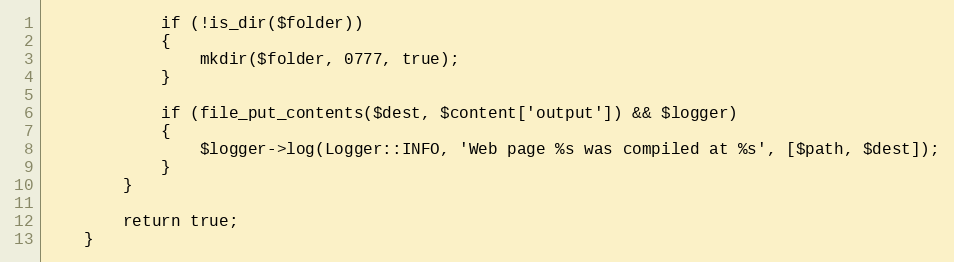
Language: PHP
            if (!is_dir($folder))
            {
                mkdir($folder, 0777, true);
            }

            if (file_put_contents($dest, $content['output']) && $logger)
            {
                $logger->log(Logger::INFO, 'Web page %s was compiled at %s', [$path, $dest]);
            }
        }

        return true;
    }